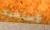
لأستعيد